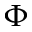
\Phi